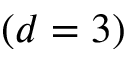
( d = 3 )